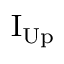
\mathrm { I _ { U p } }